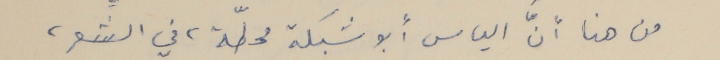
من هنا انَّ الياس أبو شبكة محطّة، في الشِّعر،